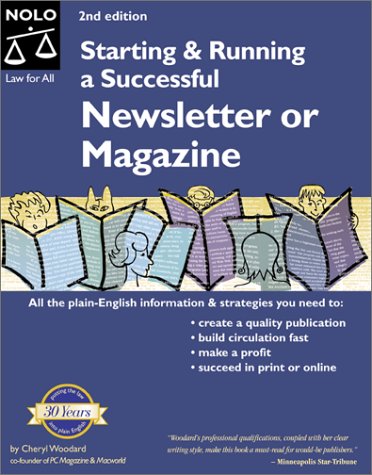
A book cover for Starting & Running a Successful Newsletter or Magazine; Cheryl Woodard; Humor & Entertainment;